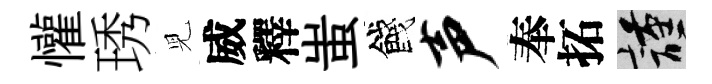
懽琇児威釋蚩餞声奉拓謹